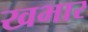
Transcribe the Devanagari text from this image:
खभार